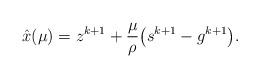
LaTeX: \begin{align*}\hat{x}(\mu)= z^{k+1}+ \frac{\mu}{\rho} \big(s^{k+1}-g^{k+1}\big). \end{align*}